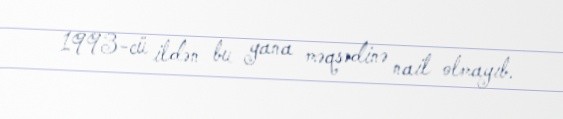
1993-cü ildən bu yana məqsədinə nail olmayıb.